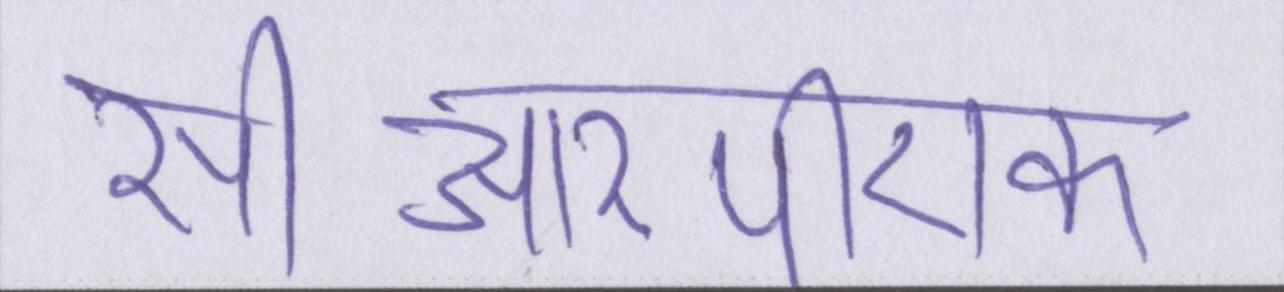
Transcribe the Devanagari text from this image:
सीआरपीएफ